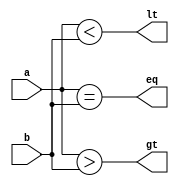
`timescale 1ns/1ns

module comparator24(a, b, lt, eq, gt);
  input[23:0] a, b;
  output lt, eq, gt;

  assign lt = (a < b);
  assign eq = (a == b);
  assign gt = (a > b);
endmodule